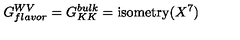
G _ { f l a v o r } ^ { W V } = G _ { K K } ^ { b u l k } = \mathrm { i s o m e t r y } ( X ^ { 7 } )